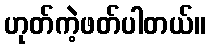
ဟုတ်ကဲ့ဖတ်ပါတယ်။